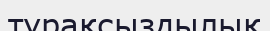
тұрақсыздылық